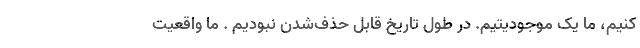
کنیم، ما یک موجودیتیم. در طول تاریخ قابل حذف‌شدن نبودیم . ما واقعیت